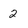
Character: 2